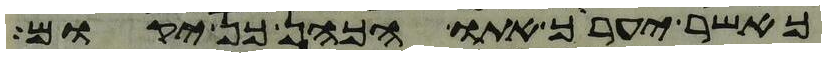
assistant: כאשר יעריך אתו הכהן כן יקום